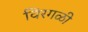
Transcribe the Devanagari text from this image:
विरगळी